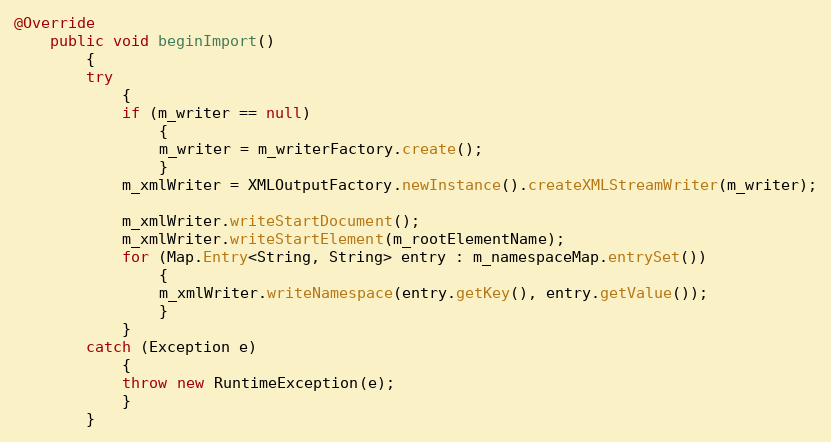
Language: Java
@Override
    public void beginImport()
        {
        try
            {
            if (m_writer == null)
                {
                m_writer = m_writerFactory.create();
                }
            m_xmlWriter = XMLOutputFactory.newInstance().createXMLStreamWriter(m_writer);

            m_xmlWriter.writeStartDocument();
            m_xmlWriter.writeStartElement(m_rootElementName);
            for (Map.Entry<String, String> entry : m_namespaceMap.entrySet())
                {
                m_xmlWriter.writeNamespace(entry.getKey(), entry.getValue());
                }
            }
        catch (Exception e)
            {
            throw new RuntimeException(e);
            }
        }